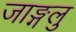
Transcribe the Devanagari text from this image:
जाङ्गलु